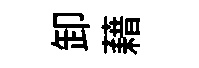
卸藉